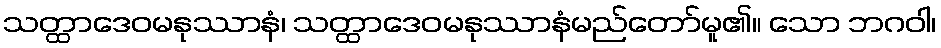
သတ္ထာဒေဝမနုဿာနံ၊ သတ္ထာဒေဝမနုဿာနံမည်တော်မူ၏။ သော ဘဂဝါ၊